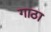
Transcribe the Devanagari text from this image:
गाठा